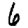
Digit: 6